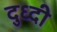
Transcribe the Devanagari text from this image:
दुध्दी